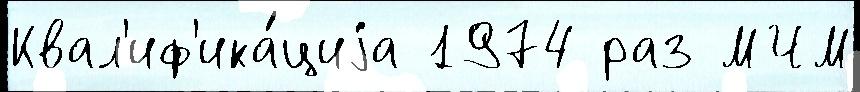
Квал'иф'ика́циjа 1974 раз МЧМ